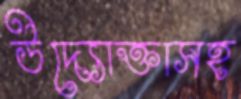
উদ্যোক্তাসহ